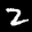
Label: 2